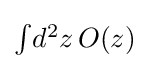
\textstyle {\int }d^{2}z\,O(z)